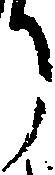
り